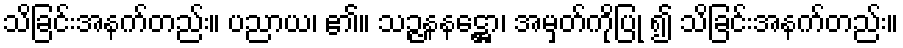
သိခြင်းအနက်တည်း။ ပညာယ၊ ၏။ သဉ္ဇနနဋ္ဌော၊ အမှတ်ကိုပြု ၍ သိခြင်းအနက်တည်း။